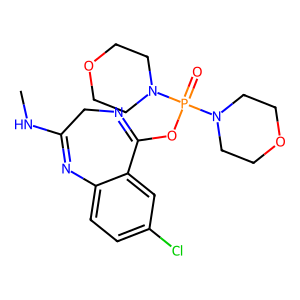
SMILES: CNC1=Nc2ccc(Cl)cc2C(OP(=O)(N2CCOCC2)N2CCOCC2)=NC1
Inhibits HIV replication: No